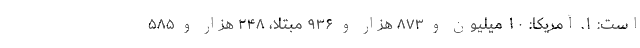
است: ۱. آمریکا: ۱۰ میلیون و ۸۷۳ هزار و ۹۳۶ مبتلا، ۲۴۸ هزار و ۵۸۵